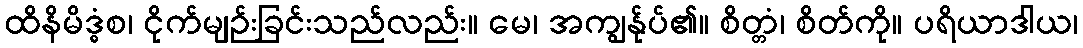
ထိနိမိဒ္ဓံစ၊ ငိုက်မျဉ်းခြင်းသည်လည်း။ မေ၊ အကျွန်ုပ်၏။ စိတ္တံ၊ စိတ်ကို။ ပရိယာဒါယ၊